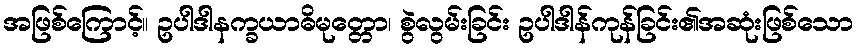
အဖြစ်ကြောင့်။ ဥပါဒါနက္ခယာဓိမုတ္တော၊ စွဲလွမ်းခြင်း ဥပါဒါန်ကုန်ခြင်း၏အဆုံးဖြစ်သော